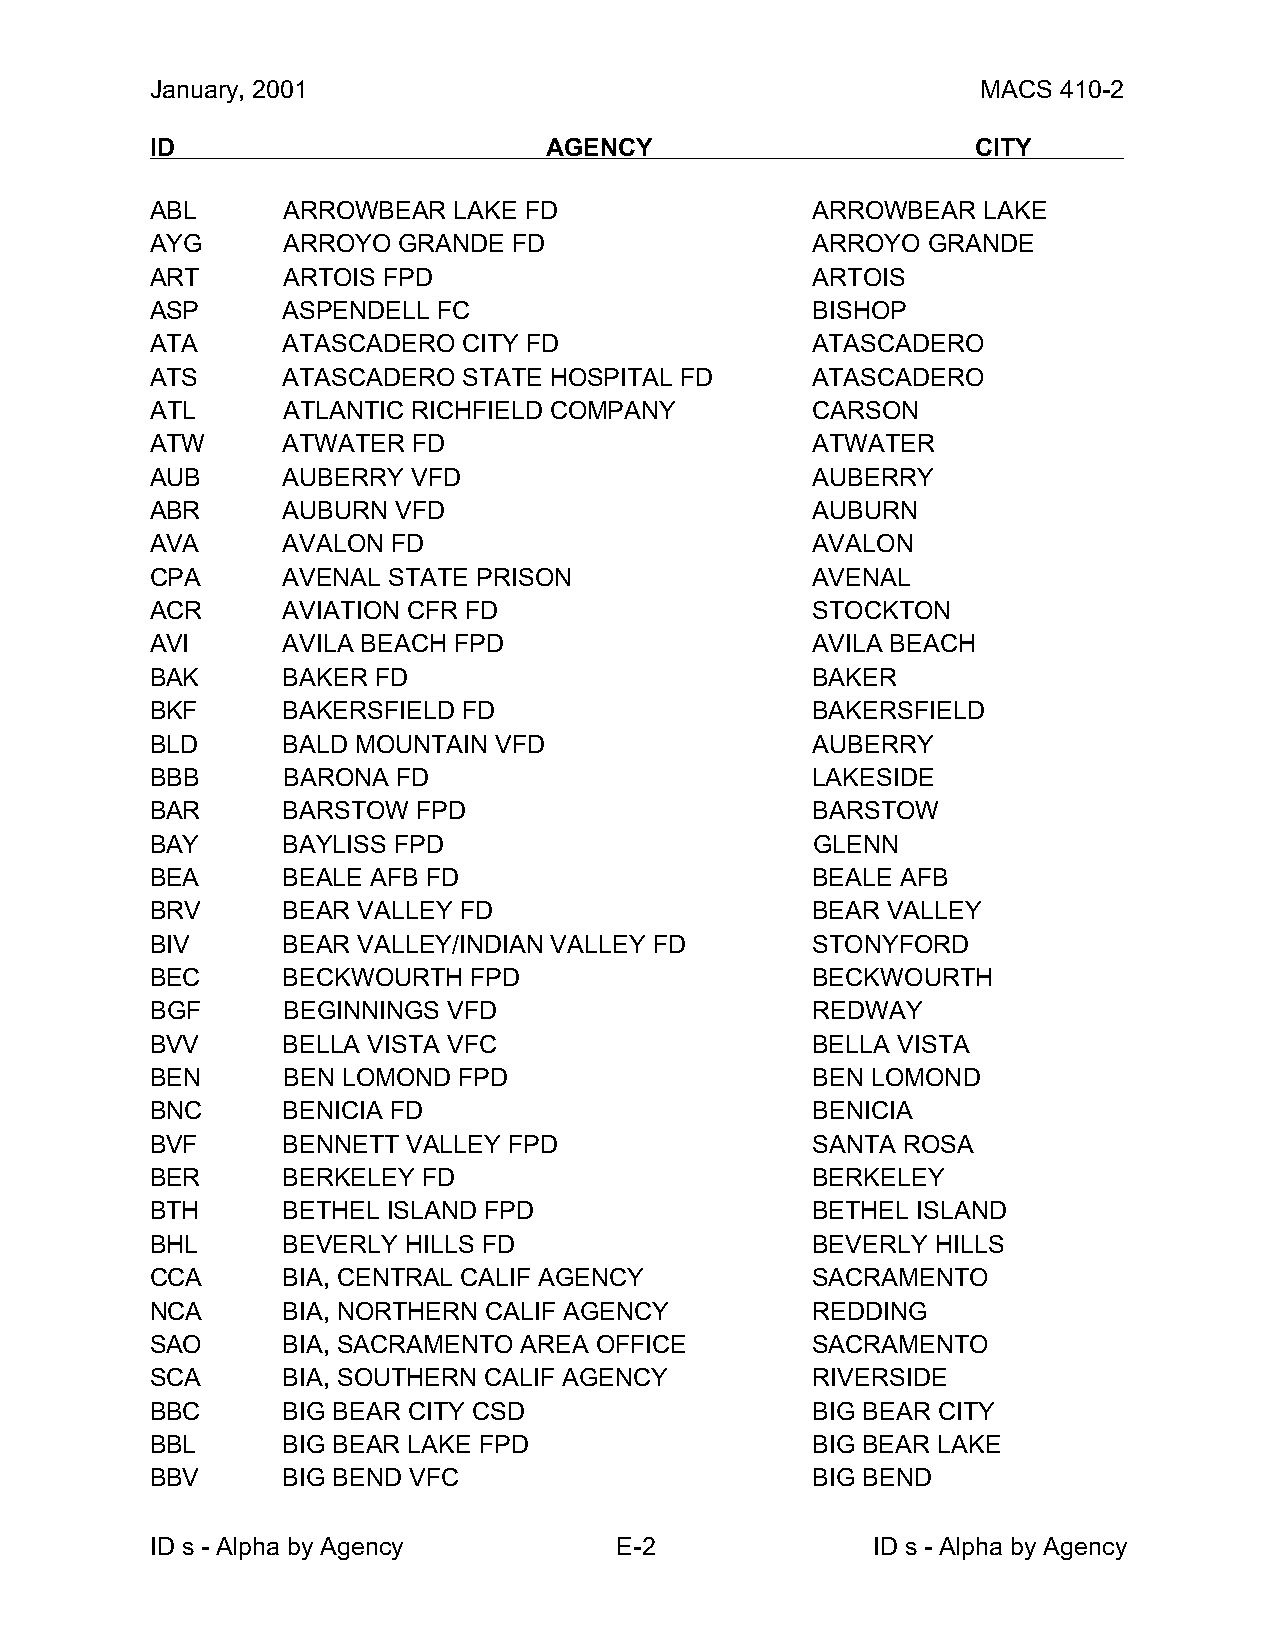
January, 2001                                          MACS 410-2
 ID                        AGENCY                       CITY
 ABL      ARROWBEAR  LAKE FD                 ARROWBEAR  LAKE
 AYG      ARROYO GRANDE  FD                  ARROYO GRANDE
 ART      ARTOIS FPD                         ARTOIS
 ASP      ASPENDELL FC                       BISHOP
 ATA      ATASCADERO  CITY FD                ATASCADERO
 ATS      ATASCADERO  STATE HOSPITAL FD      ATASCADERO
 ATL      ATLANTIC RICHFIELD COMPANY         CARSON
 ATW      ATWATER FD                         ATWATER
 AUB      AUBERRY VFD                        AUBERRY
 ABR      AUBURN VFD                         AUBURN
 AVA      AVALON FD                          AVALON
 CPA      AVENAL STATE PRISON                AVENAL
 ACR      AVIATION CFR FD                    STOCKTON
 AVI      AVILA BEACH FPD                    AVILA BEACH
 BAK      BAKER FD                           BAKER
 BKF      BAKERSFIELD FD                     BAKERSFIELD
 BLD      BALD MOUNTAIN VFD                  AUBERRY
 BBB      BARONA FD                          LAKESIDE
 BAR      BARSTOW  FPD                       BARSTOW
 BAY      BAYLISS FPD                        GLENN
 BEA      BEALE AFB FD                       BEALE AFB
 BRV      BEAR VALLEY FD                     BEAR VALLEY
 BIV      BEAR VALLEY/INDIAN VALLEY FD       STONYFORD
 BEC      BECKWOURTH  FPD                    BECKWOURTH
 BGF      BEGINNINGS VFD                     REDWAY
 BVV      BELLA VISTA VFC                    BELLA VISTA
 BEN      BEN LOMOND FPD                     BEN LOMOND
 BNC      BENICIA FD                         BENICIA
 BVF      BENNETT VALLEY FPD                 SANTA ROSA
 BER      BERKELEY FD                        BERKELEY
 BTH      BETHEL ISLAND FPD                  BETHEL ISLAND
 BHL      BEVERLY HILLS FD                   BEVERLY HILLS
 CCA      BIA, CENTRAL CALIF AGENCY          SACRAMENTO
 NCA      BIA, NORTHERN CALIF AGENCY         REDDING
 SAO      BIA, SACRAMENTO AREA OFFICE        SACRAMENTO
 SCA      BIA, SOUTHERN CALIF AGENCY         RIVERSIDE
 BBC      BIG BEAR CITY CSD                  BIG BEAR CITY
 BBL      BIG BEAR LAKE FPD                  BIG BEAR LAKE
 BBV      BIG BEND VFC                       BIG BEND
 ID s - Alpha by Agency         E-2              ID s - Alpha by Agency